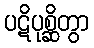
ပဋိပုစ္ဆိတွာ